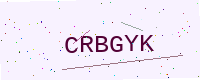
Text: CRBGYK